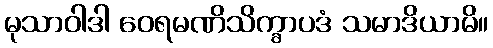
မုသာဝါဒါ ဝေရမဏိသိက္ခာပဒံ သမာဒိယာမိ။